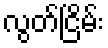
လွတ်ငြိမ်း